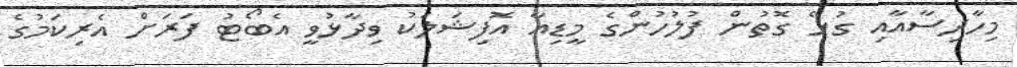
މިހާދިސާއާއި ގުޅޭ ގޮތުން ފުލުހުންގެ މީޑިއާ އޮފިޝަލަކު ވިދާޅުވީ އެބޯޓު ފަރަށް އެރިކަމުގެ